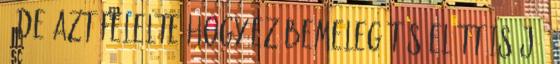
: De azt felelte,hogy ez bemelegítés előtt is jó.